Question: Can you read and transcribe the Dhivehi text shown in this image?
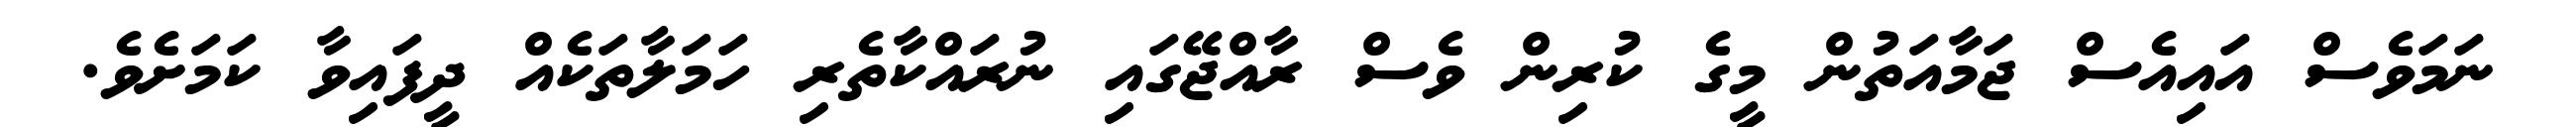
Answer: ނަމަވެސް އައިއެސް ޖަމާއަތުން މީގެ ކުރިން ވެސް ރާއްޖޭގައި ނުރައްކާތެރި ހަމަލާތަކެއް ދީފައިވާ ކަމަށެވެ.